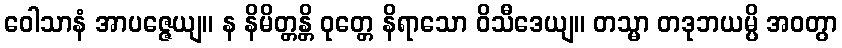
ဝေါသာနံ အာပဇ္ဇေယျ။ န နိမိတ္တန္တိ ဝုတ္တေ နိရာသော ဝိသီဒေယျ။ တသ္မာ တဒုဘယမ္ပိ အဝတွာ